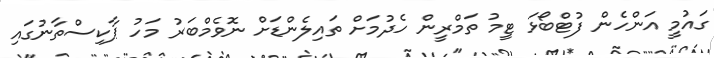
ގައުމީ އަންހެން ފުޓްބޯޅަ ޓީމު ތަމްރީން ހެދުމަށް ތައިލެންޑަށް ނޮވެމްބަރު މަހު ޕާކިސްތާނުގައި